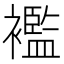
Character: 襤